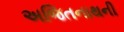
અજિતનાથની